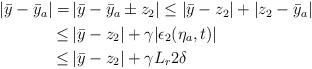
LaTeX: \begin{align*}\begin{aligned}|\bar{y}-\bar{y}_a| =& \,|\bar{y}-\bar{y}_a\pm z_2| \le |\bar{y}-z_2|+|z_2-\bar{y}_a|\\\le &\, |\bar{y}-z_2|+\gamma|\epsilon_2(\eta_a,t)| \\\le &\, |\bar{y}-z_2|+\gamma L_r 2\delta \end{aligned}\end{align*}